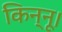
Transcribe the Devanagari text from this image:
किन्नू।